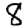
Digit: 8